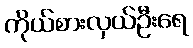
ကိုယ်စားလှယ်ဦးရေ